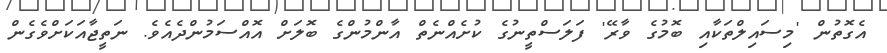
އެގޮތުން 'މިސައިލްތަކާއި ބޮމުގެ ވާރޭ' ފަލަސްތީނުގެ ކުށެއްނެތް އާންމުންގެ ބޮލަށް އޮއްސަމުންދެއެވެ. ނަތީޖާއަކަށްވެގެން